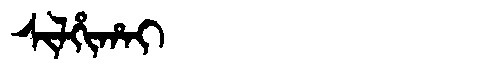
Manchu: ᠰᡳᠯᡥᡳᡥᠠᡳ
Romanization: SILHIHAI